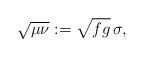
LaTeX: \begin{align*}\sqrt{\mu\nu}:=\sqrt{fg}\,\sigma,\end{align*}